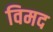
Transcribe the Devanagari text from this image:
विमद